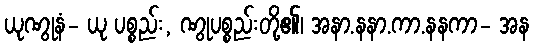
ယုဏွုနံ- ယု ပစ္စည်း, ဏွုပစ္စည်းတို့၏၊ အနာ.နနာ.ကာ.နနကာ- အန